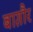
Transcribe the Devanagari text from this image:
बाग़ौर